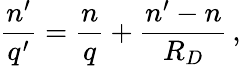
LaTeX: {\frac{n^{\prime}}{q^{\prime}}}={\frac{n}{q}}+{\frac{n^{\prime}-n}{R_{D}}}\, ,